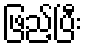
ဖြည့်ပြီး